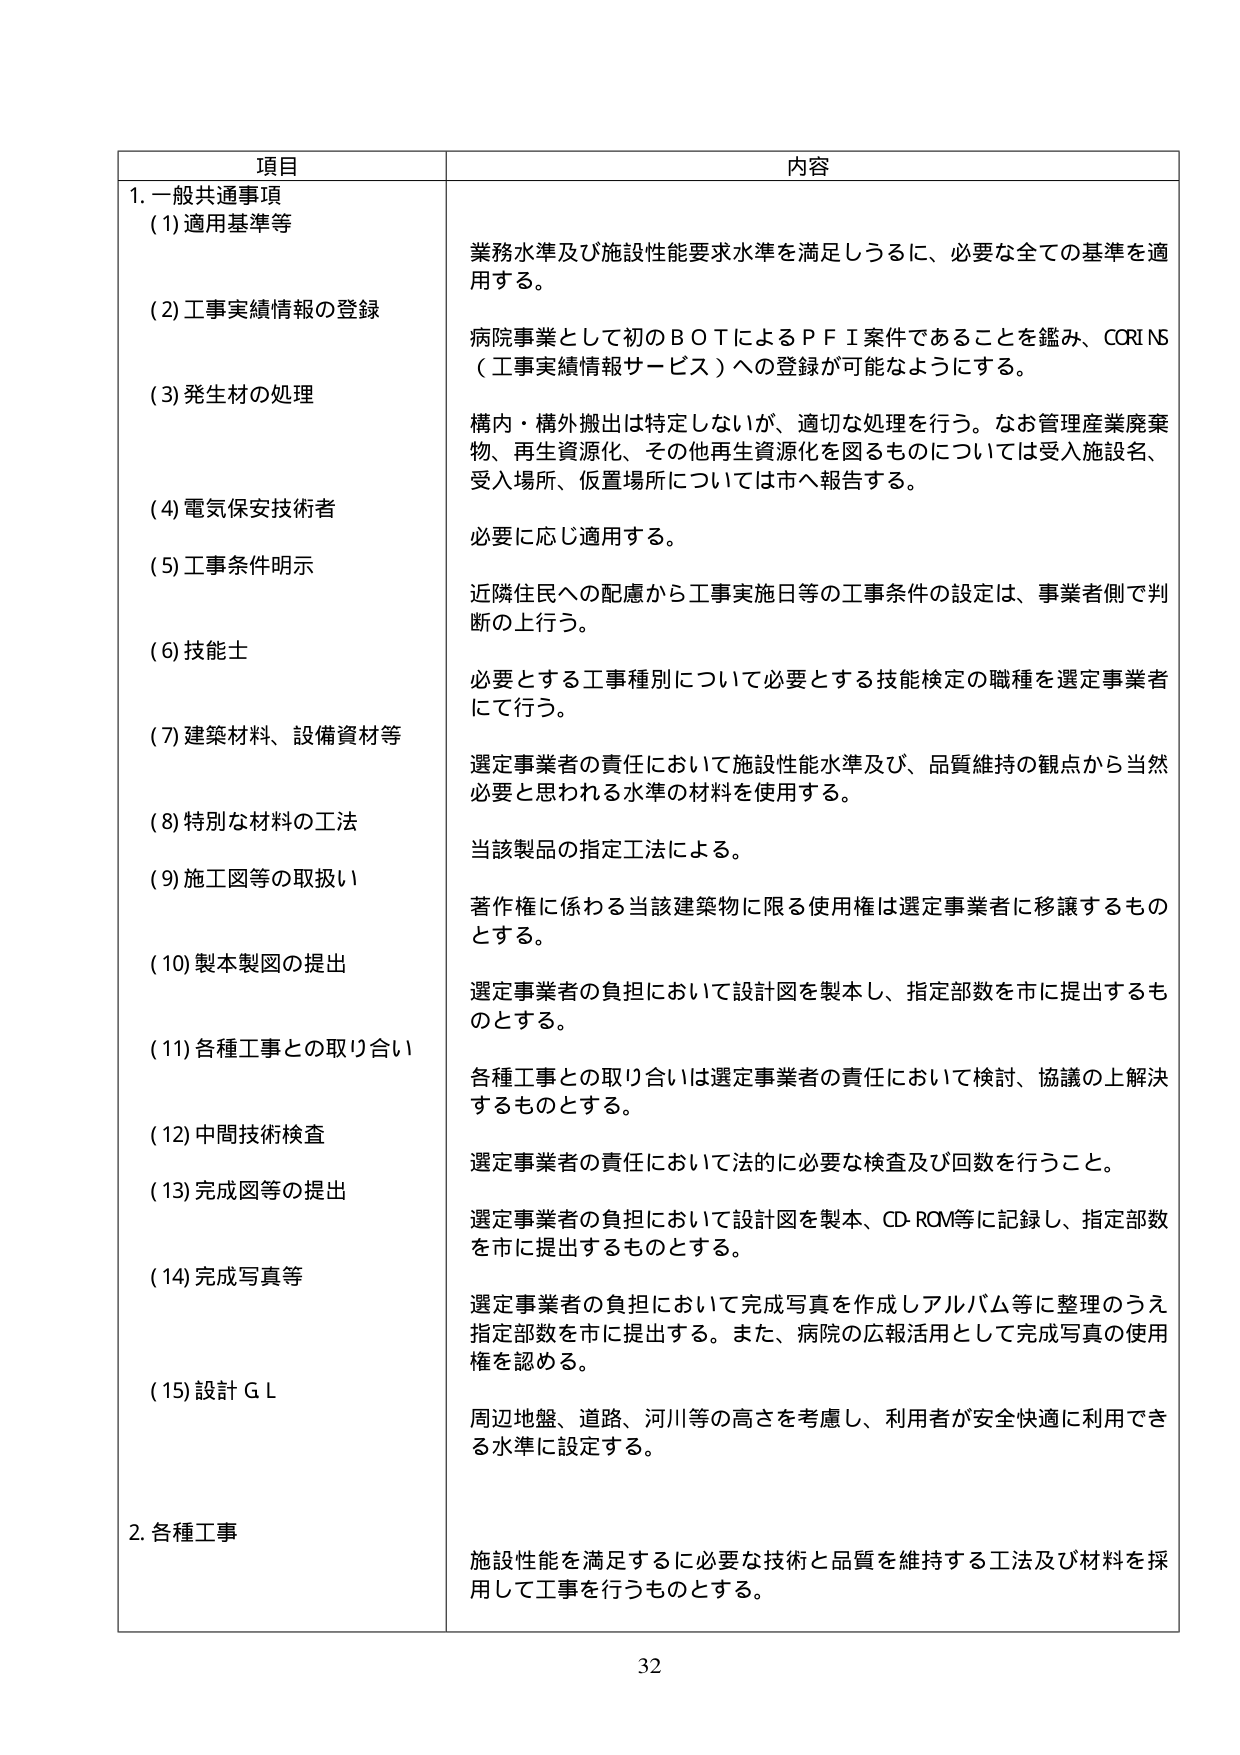
項目 内容
1. 一般共通事項
(1) 適用基準等 業務水準及び施設性能要求水準を満足しうるに、必要な全ての基準を適用する。
(2) 工事実績情報の登録 病院事業として初のＢＯＴによるＰＦＩ案件であることを鑑み、CORINS（工事実績情報サービス）への登録が可能ないようにする。
(3) 発生材の処理 構内・構外搬出は特定しないが、適切な処理を行う。なお管理産業廃棄物、再生資源化、その他再生資源化を図るものについては受入施設名、受入場所、仮置場所については市へ報告する。
(4) 電気保安技術者 必要に応じ適用する。
(5) 工事条件明示 近隣住民への配慮から工事実施日等の工事条件の設定は、事業者側で判断の上行う。
(6) 技能士 必要とする工事種別について必要とする技能検定の職種を選定事業者にて行う。
(7) 建築材料、設備資材等 選定事業者の責任において施設性能水準及び、品質維持の観点から当然必要と思われる水準の材料を使用する。
(8) 特別な材料の工法 当該製品の指定工法による。
(9) 施工図等の取扱い 著作権に係わる当該建築物に限る使用権は選定事業者に移譲するものとする。
(10) 製本製図の提出 選定事業者の負担において設計図を製本し、指定部数を市に提出するものとする。
(11) 各種工事との取り合い 各種工事との取り合いは選定事業者の責任において検討、協議の上解決するものとする。
(12) 中間技術検査 選定事業者の責任において法的に必要な検査及び回数を行うこと。
(13) 完成図等の提出 選定事業者の負担において設計図を製本、CD-ROM等に記録し、指定部数を市に提出するものとする。
(14) 完成写真等 選定事業者の負担において完成写真を作成しアルバム等に整理のうえ指定部数を市に提出する。また、病院の広報活用として完成写真の使用権を認める。
(15) 設計ＧＬ 周辺地盤、道路、河川等の高さを考慮し、利用者が安全快適に利用できる水準に設定する。
2. 各種工事 施設性能を満足するに必要な技術と品質を維持する工法及び材料を採用して工事を行うものとする。
32